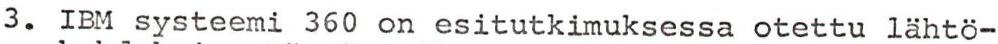
3. IBM systeemi 360 on esitutkimuksessa otettu lähtö-